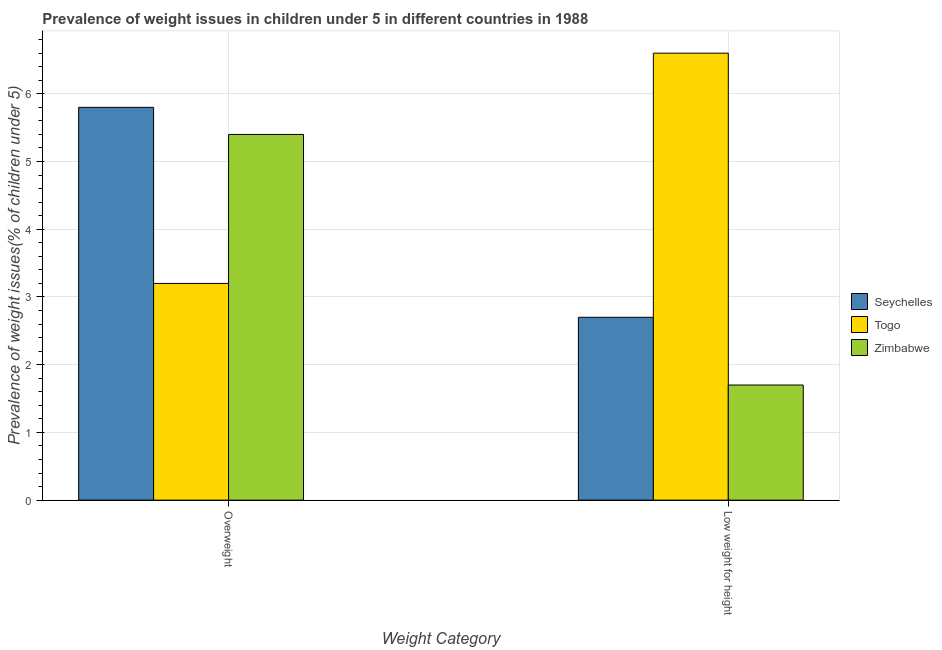
| Weight Category | Seychelles | Togo | Zimbabwe |
 | --- | --- | --- | --- |
 | Overweight | 5.8 | 3.2 | 5.4 |
 | Low weight for height | 2.7 | 6.6 | 1.7 |